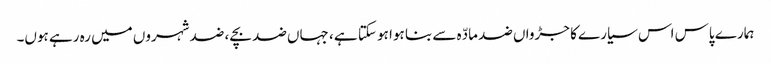
ہمارے پاس اس سیارے کا جڑواں ضد مادّہ سے بنا ہوا ہو سکتا ہے ، جہاں ضد بچے ، ضد شہروں میں رہ رہے ہوں۔